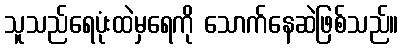
သူသည်ရေပုံးထဲမှရေကို သောက်နေဆဲဖြစ်သည်။